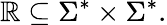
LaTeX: \mathbb{R}\subseteq\Sigma^{*}\times\Sigma^{*}.